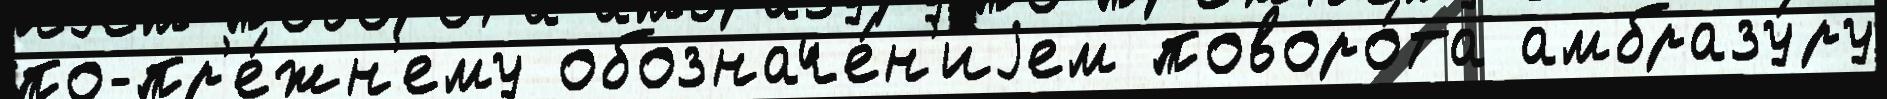
по-пр'е́жн'ему обозначе́н'иjем поворо́та амбразу́ру